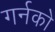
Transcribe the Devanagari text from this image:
गर्नको